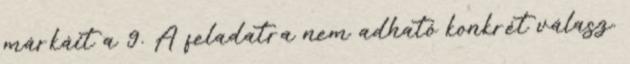
márkáit a 9. A feladatra nem adható konkrét válasz.